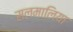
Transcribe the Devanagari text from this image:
सलमालिया